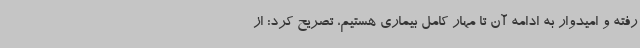
رفته و امیدوار به ادامه آن تا مهار کامل بیماری هستیم، تصریح کرد: از